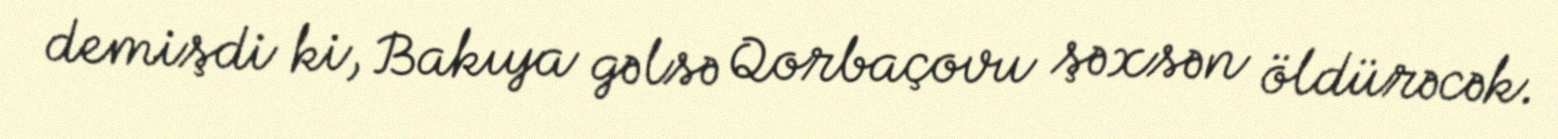
demişdi ki, Bakıya gəlsə Qorbaçovu şəxsən öldürəcək.